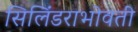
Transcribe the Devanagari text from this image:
सिलिंडराभोवती